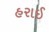
હરાઈ